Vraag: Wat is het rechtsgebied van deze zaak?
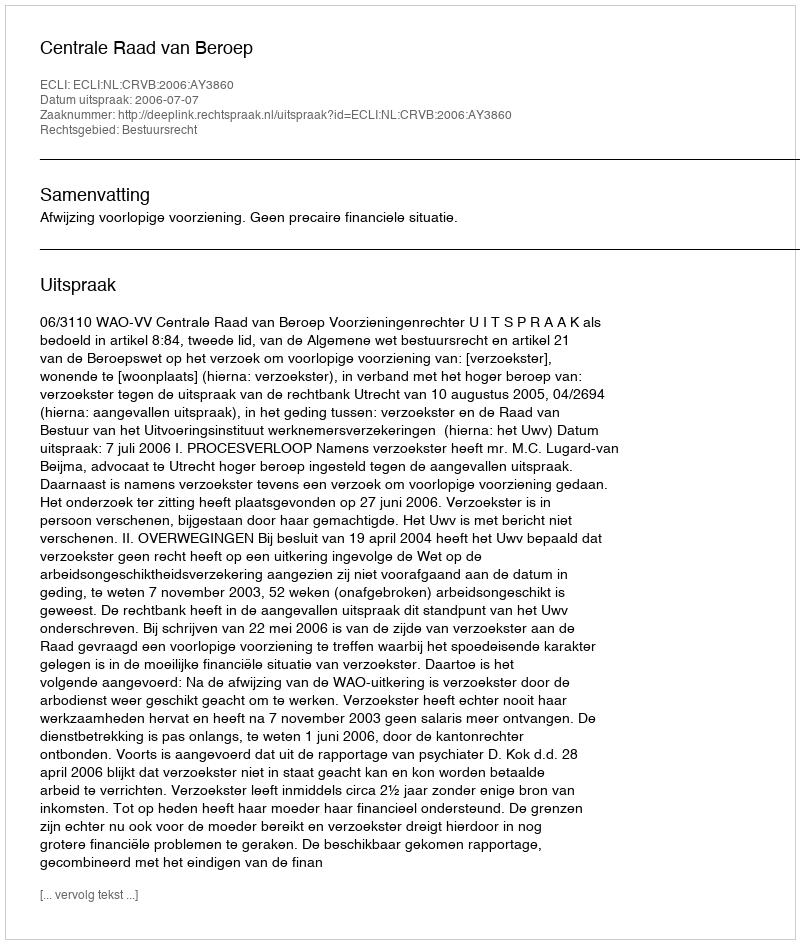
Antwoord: Bestuursrecht